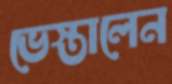
ভেস্তালেন